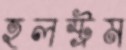
হলস্ট্রম